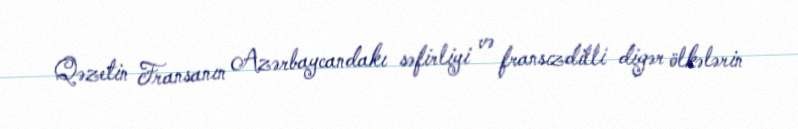
Qəzetin Fransanın Azərbaycandakı səfirliyi və fransızdilli digər ölkələrin